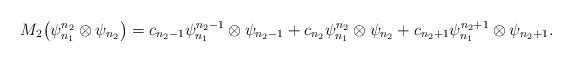
LaTeX: \begin{gather*}M_2 \big(\psi_{n_1}^{n_2}\otimes \psi_{n_2}\big) = c_{n_2-1}\psi_{n_1}^{n_2-1}\otimes \psi_{n_2-1}+c_{n_2}\psi_{n_1}^{n_2}\otimes \psi_{n_2}+c_{n_2+1}\psi_{n_1}^{n_2+1}\otimes \psi_{n_2+1}.\end{gather*}